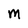
Character: M